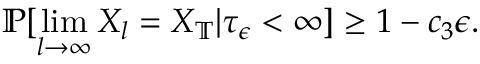
\mathbb { P } [ \operatorname* { l i m } _ { l \to \infty } X _ { l } = X _ { \mathbb { T } } | \tau _ { \epsilon } < \infty ] \ge 1 - c _ { 3 } \epsilon .